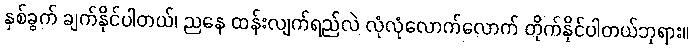
နှစ်ခွက် ချက်နိုင်ပါတယ်၊ ညနေ ထန်းလျက်ရည်လဲ လုံလုံလောက်လောက် တိုက်နိုင်ပါတယ်ဘုရား။